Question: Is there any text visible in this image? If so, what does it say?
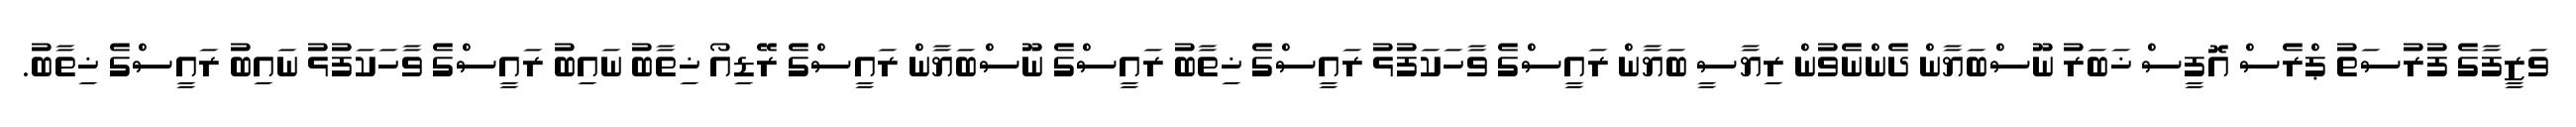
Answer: ވަޒީފާގެ ފުރުސަތު ޕްރެސް އޮފީސް ޚަބަރު ނޫސްބަޔާން ދެންނެވުން ރިޔާސީ ބަޔާން ރައީސްގެ ވާހަކަފުޅު ރައީސްގެ ޚިތާބު ރައީސްގެ ނޫސްބަޔާން ރައީސްގެ ރޭޑިއޯ ޚިތާބު ނައިބު ރައީސްގެ ވާހަކަފުޅު ނައިބު ރައީސްގެ ޚިތާބު.